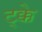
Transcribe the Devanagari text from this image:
ट्क्के